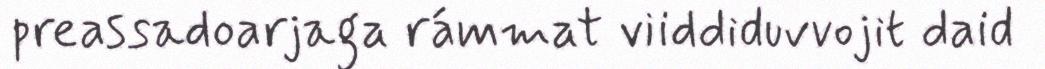
preassadoarjaga rámmat viiddiduvvojit daid